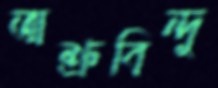
অশ্রুবিন্দু